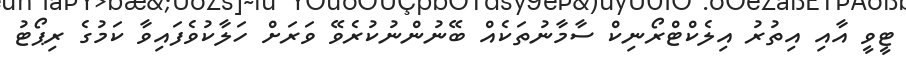
ޓީވީ އާއި އިތުރު އިލެކްޓްރޯނިކް ސާމާނުތަކެއް ބޭނުންނުކުރެވޭ ވަރަށް ހަލާކުވެފައިވާ ކަމުގެ ރިޕޯޓު